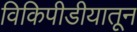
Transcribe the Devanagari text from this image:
विकिपीडीयातून